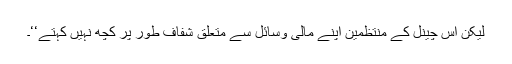
لیکن اس چینل کے منتظمین اپنے مالی وسائل سے متعلق شفاف طور پر کچھ نہیں کہتے‘‘۔